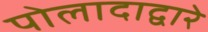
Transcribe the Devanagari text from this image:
पोलादाद्वारे